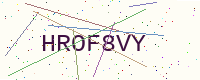
Text: HROF8VY